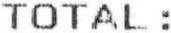
TOTAL :